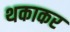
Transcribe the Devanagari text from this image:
थकाकर